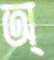
অ্